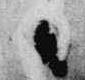
日